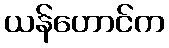
ယန်ဟောင်က